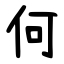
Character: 何